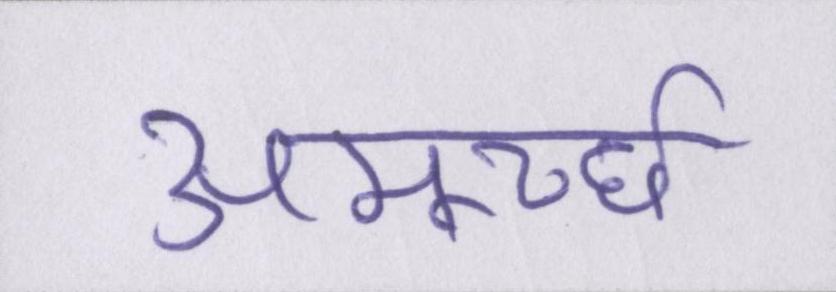
अमूर्च्छा